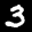
Label: 3